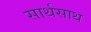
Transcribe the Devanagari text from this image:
सार्थसाथ